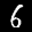
Label: 6